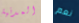
المدنية نعم